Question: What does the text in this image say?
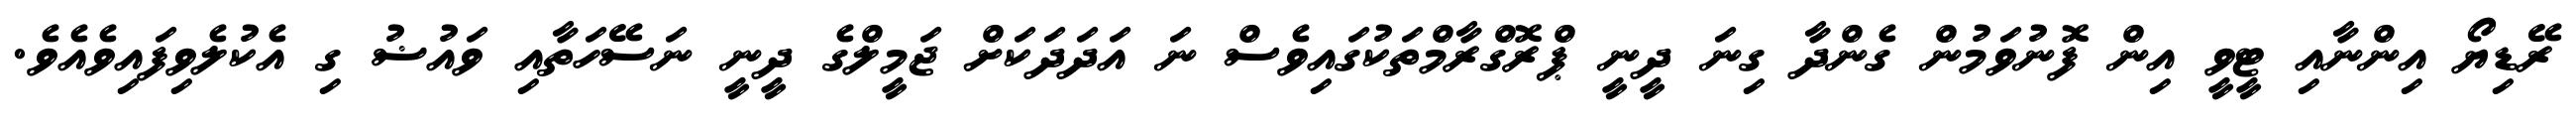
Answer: ރޭޑިޔޯ އިންނާއި ޓީވީ އިން ފޮނުވަމުން ގެންދާ ގިނަ ދީނީ ޕްރޮގްރާމްތަކުގައިވެސް ނަ އަދަދަކަށް ޖަމީލްގެ ދީނީ ނަސޭހަތާއި ވައުޟު ގި އެކުލެވިފައިވެއެވެ.